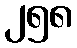
၂၅၈